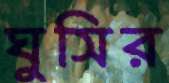
ঘুসির